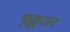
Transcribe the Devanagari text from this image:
भूक्रूजर